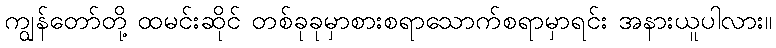
ကျွန်တော်တို့ ထမင်းဆိုင် တစ်ခုခုမှာစားစရာသောက်စရာမှာရင်း အနားယူပါလား။